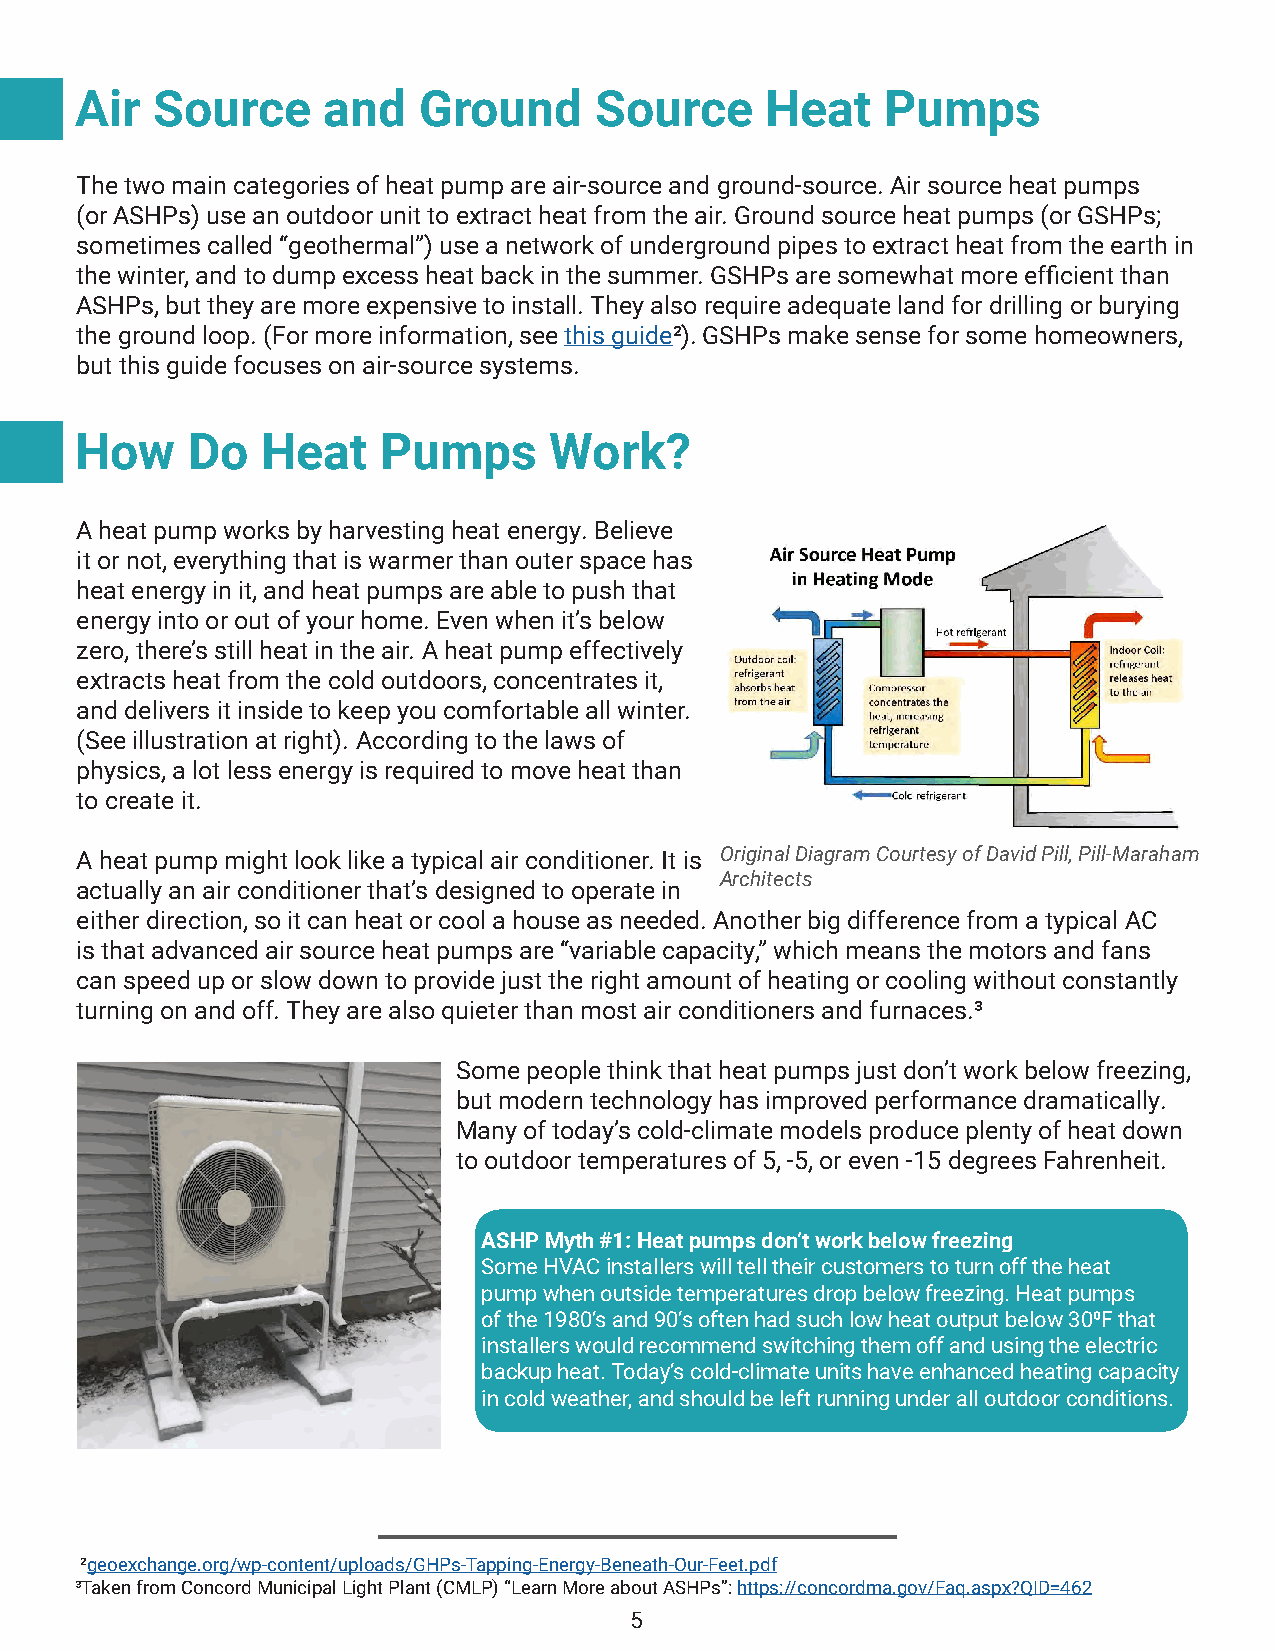
Air  Source     and    Ground     Source      Heat    Pumps
 The two main categories of heat pump are air-source and ground-source. Air source heat pumps
 (or ASHPs) use an outdoor unit to extract heat from the air. Ground source heat pumps (or GSHPs;
 sometimes called “geothermal”) use a network of underground pipes to extract heat from the earth in
 the winter, and to dump excess heat back in the summer. GSHPs are somewhat more efficient than
 ASHPs, but they are more expensive to install. They also require adequate land for drilling or burying
 the ground loop. (For more information, see this guide²). GSHPs make sense for some homeowners,
 but this guide focuses on air-source systems.
 How    Do   Heat    Pumps      Work?
 A heat pump works by harvesting heat energy. Believe
 it or not, everything that is warmer than outer space has
 heat energy in it, and heat pumps are able to push that
 energy into or out of your home. Even when it’s below
 zero, there’s still heat in the air. A heat pump effectively
 extracts heat from the cold outdoors, concentrates it,
 and delivers it inside to keep you comfortable all winter.
 (See illustration at right). According to the laws of
 physics, a lot less energy is required to move heat than
 to create it.
 A heat pump might look like a typical air conditioner. It is Original Diagram Courtesy of David Pill, Pill-Maraham
 Architects
 actually an air conditioner that’s designed to operate in
 either direction, so it can heat or cool a house as needed. Another big difference from a typical AC
 is that advanced air source heat pumps are “variable capacity,” which means the motors and fans
 can speed up or slow down to provide just the right amount of heating or cooling without constantly
 turning on and off. They are also quieter than most air conditioners and furnaces.³
 Some people think that heat pumps just don’t work below freezing,
 but modern technology has improved performance dramatically.
 Many of today’s cold-climate models produce plenty of heat down
 to outdoor temperatures of 5, -5, or even -15 degrees Fahrenheit.
 ASHP Myth #1: Heat pumps don’t work below freezing
 Some HVAC installers will tell their customers to turn off the heat
 pump when outside temperatures drop below freezing. Heat pumps
 of the 1980’s and 90’s often had such low heat output below 300F that
 installers would recommend switching them off and using the electric
 backup heat. Today’s cold-climate units have enhanced heating capacity
 in cold weather, and should be left running under all outdoor conditions.
 ²geoexchange.org/wp-content/uploads/GHPs-Tapping-Energy-Beneath-Our-Feet.pdf
 ³Taken from Concord Municipal Light Plant (CMLP) “Learn More about ASHPs”: https://concordma.gov/Faq.aspx?QID=462
 5